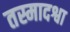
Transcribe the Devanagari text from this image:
तस्मादश्वा